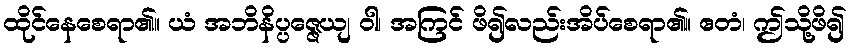
ထိုင်နေစေရာ၏။ ယံ အဘိနိပ္ပဇ္ဇေယျ ဝါ၊ အကြင် ဖိ၍လည်းအိပ်စေရာ၏။ ဧတံ၊ ဤသို့ဖိ၍